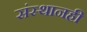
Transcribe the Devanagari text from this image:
संस्थानही